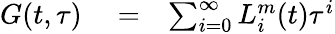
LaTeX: \begin{array}{rlr}{G(t,\tau)}&{{}=}&{\sum_{i=0}^{\infty}L_{i}^{m}(t)\tau^{i}}\end{array}